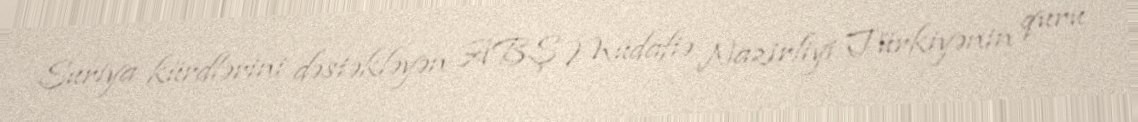
Suriya kürdlərini dəstəkləyən ABŞ Müdafiə Nazirliyi Türkiyənin quru